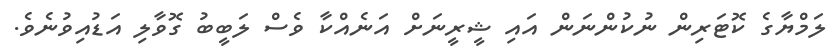
ލަމްޔާގެ ކޮޓަރިން ނުކުންނަން އައި ޝީރީނަށް އަނެއްކާ ވެސް ލަބީބު ގޮވާލި އަޑުއިވުނެވެ.